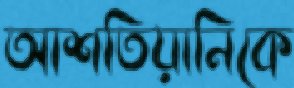
আশতিয়ানিকে